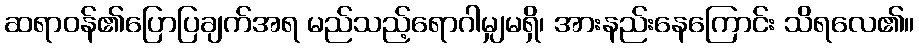
ဆရာဝန်၏ပြောပြချက်အရ မည်သည့်ရောဂါမျှမရှိ၊ အားနည်းနေကြောင်း သိရလေ၏။